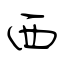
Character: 西